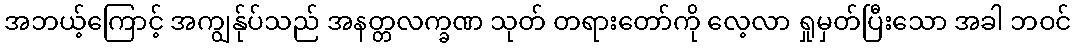
အဘယ့်ကြောင့် အကျွန်ုပ်သည် အနတ္တလက္ခဏ သုတ် တရားတော်ကို လေ့လာ ရှုမှတ်ပြီးသော အခါ ဘဝင်